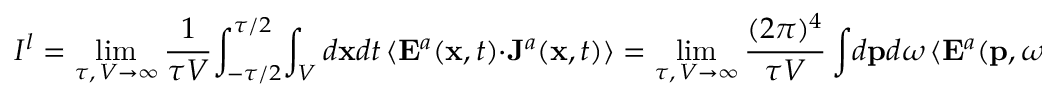
{ \cal I } ^ { l } = \operatorname * { l i m } _ { \tau , \, V \rightarrow \infty } \frac { 1 } { \tau V } \! \int _ { - \tau / 2 } ^ { \tau / 2 } \! \int _ { V } d { \bf x } d t \, \langle { \bf E } ^ { a } ( { \bf x } , t ) \cdot { \bf J } ^ { a } ( { \bf x } , t ) \rangle = \operatorname * { l i m } _ { \tau , \, V \rightarrow \infty } \frac { ( 2 \pi ) ^ { 4 } } { \tau V } \int \! d { \bf p } d \omega \, \langle { \bf E } ^ { a } ( { \bf p } , \omega ) \cdot { \bf J } ^ { a } ( { \bf p } , \omega ) \rangle .